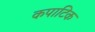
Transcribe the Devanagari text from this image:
कपाटिक